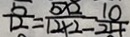
\frac { 5 } { 1 2 } = \frac { 5 \times 2 } { 1 2 \times 2 } = \frac { 1 0 } { 2 4 }